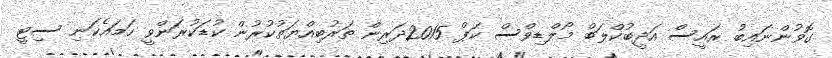
ގޮވުންނައިބު ރައީސް އަދީބުކްލަބް މޯލްޑިވްސް ކަޕް 2015ދަރިން ތަރުބިއްޔަތުކުރުން ކުޑަކުރަންވީ ހަމައެކަނި ސިޓީ